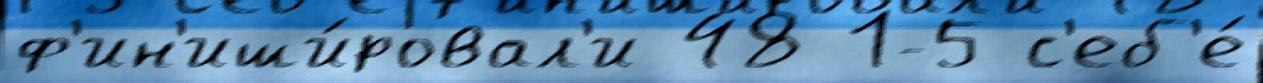
ф'ин'иши́ровал'и 48 1-5 с'еб'е́